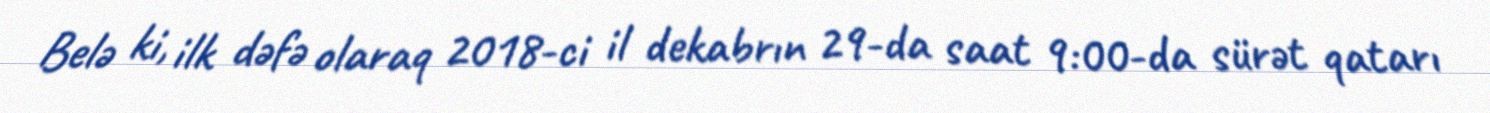
Belə ki, ilk dəfə olaraq 2018-ci il dekabrın 29-da saat 9:00-da sürət qatarı